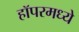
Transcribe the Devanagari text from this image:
हॉपरमध्ये